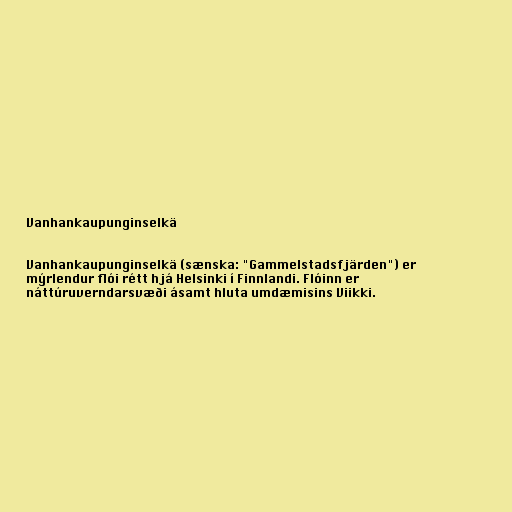
Vanhankaupunginselkä

Vanhankaupunginselkä (sænska: "Gammelstadsfjärden") er
mýrlendur flói rétt hjá Helsinki í Finnlandi. Flóinn er
náttúruverndarsvæði ásamt hluta umdæmisins Viikki.